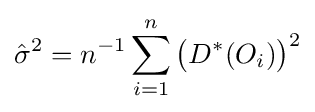
{\hat {\sigma }}^{2}=n^{-1}\sum _{i=1}^{n}{\big (}D^{*}(O_{i}){\big )}^{2}